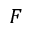
{ \cal F }